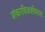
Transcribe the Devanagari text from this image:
शंकरविजयविलास